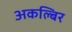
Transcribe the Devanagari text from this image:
अकल्बिर